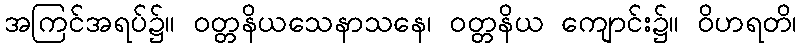
အကြင်အရပ်၌။ ဝတ္တနိယသေနာသနေ၊ ဝတ္တနိယ ကျောင်း၌။ ဝိဟရတိ၊